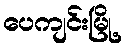
ပေကျင်းမြို့